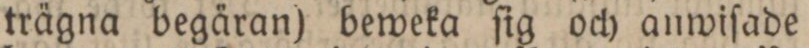
trägna begäran) beweka ſig och anwiſade